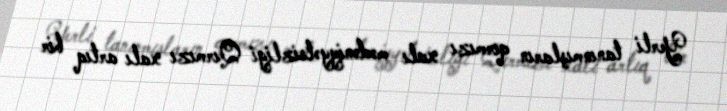
Yerli tanınmışların qırmızı xalı mədəniyyətsizliyi Qırmızı xalı artıq bir